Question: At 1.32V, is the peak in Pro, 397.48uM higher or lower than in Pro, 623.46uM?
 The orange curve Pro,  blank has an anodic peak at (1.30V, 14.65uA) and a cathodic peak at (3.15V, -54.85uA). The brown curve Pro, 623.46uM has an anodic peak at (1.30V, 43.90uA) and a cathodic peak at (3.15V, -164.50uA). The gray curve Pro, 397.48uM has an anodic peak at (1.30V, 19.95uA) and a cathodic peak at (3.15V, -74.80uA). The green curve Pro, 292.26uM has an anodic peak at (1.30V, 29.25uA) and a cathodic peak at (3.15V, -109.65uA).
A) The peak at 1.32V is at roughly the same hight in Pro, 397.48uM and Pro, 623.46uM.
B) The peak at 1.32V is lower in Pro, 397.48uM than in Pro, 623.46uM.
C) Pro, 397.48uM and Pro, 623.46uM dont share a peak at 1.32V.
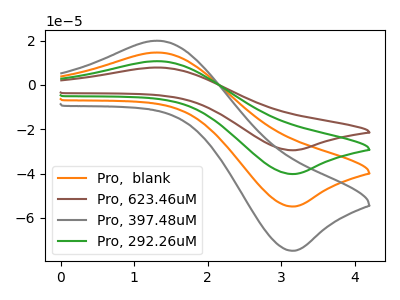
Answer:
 <answer>B) The peak at 1.32V is lower in "Pro, 397.48uM" than in "Pro, 623.46uM".</answer>
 <eval>B</eval>